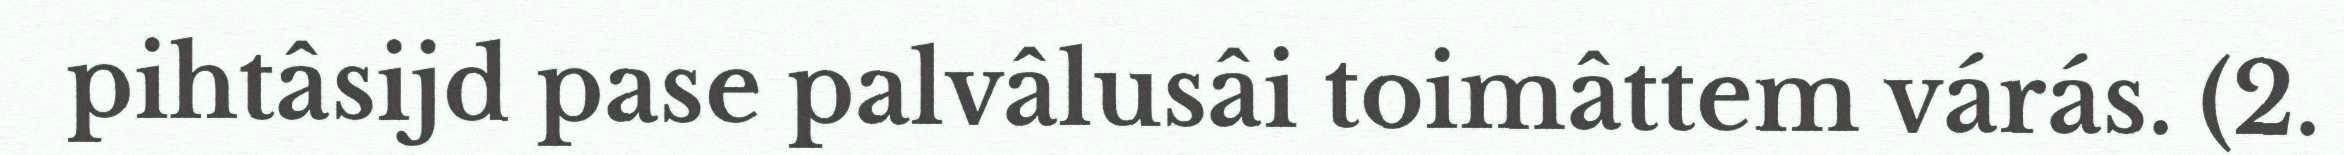
pihtâsijd pase palvâlusâi toimâttem várás. (2.